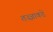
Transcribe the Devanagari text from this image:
तज्‍ज्ञाकडे